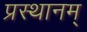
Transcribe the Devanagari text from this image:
प्रस्थानम्